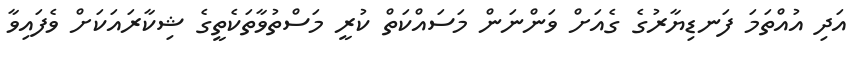
އަދި އުއްތަމަ ފަނޑިޔާރުގެ ގެއަށް ވަންނަން މަސައްކަތް ކުރީ މަސްތުވާތަކެތީގެ ޝިކާރައަަކަށް ވެފައިވާ